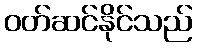
ဝတ်ဆင်နိုင်သည်